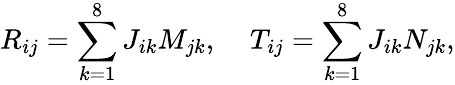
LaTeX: R_{ij}=\sum_{k=1}^{8}J_{ik}M_{jk},\; \; \; \; T_{ij}=\sum_{k=1}^{8}J_{ik}N_{jk},